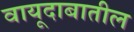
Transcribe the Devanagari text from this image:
वायूदाबातील